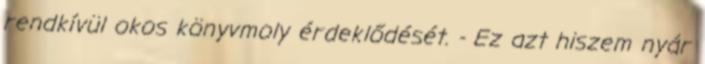
rendkívül okos könyvmoly érdeklődését. - Ez azt hiszem nyár